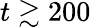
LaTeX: t\gtrsim 200